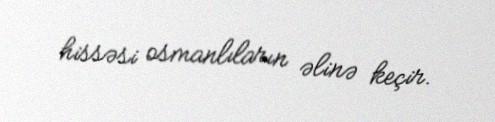
hissəsi osmanlıların əlinə keçir.